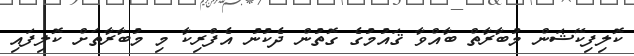
ކޮލިފިކޭޝަން މުބާރާތް ބާއްވާ ޤައުމުގެ ގޮތުން ދެކުނު އެފްރިކާ މި މުބާރާތަށް ކޮލިފައި